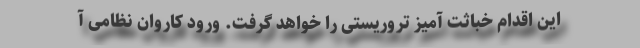
این اقدام خباثت آمیز تروریستی را خواهد گرفت. ورود کاروان‌ نظامی آ